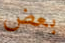
بعض